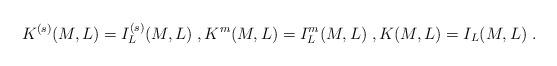
LaTeX: \begin{align*}K^{(s)}(M,L)=I^{(s)}_L(M,L)\;,K^m(M,L)=I^m_L(M,L)\;,K(M,L)=I_L(M,L)\;.\end{align*}